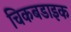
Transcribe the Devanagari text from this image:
चिकबडाइक